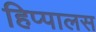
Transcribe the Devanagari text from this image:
हिप्पालस